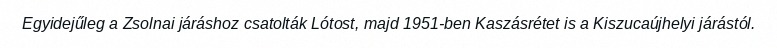
Egyidejűleg a Zsolnai járáshoz csatolták Lótost, majd 1951-ben Kaszásrétet is a Kiszucaújhelyi járástól.